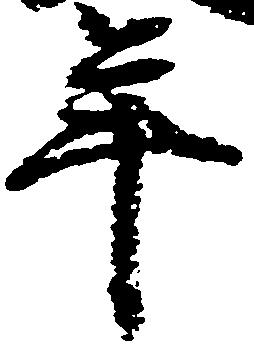
年